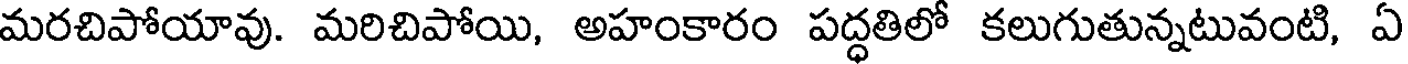
మరచిపోయావు. మరిచిపోయి, అహంకారం పద్ధతిలో కలుగుతున్నటువంటి, ఏ